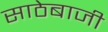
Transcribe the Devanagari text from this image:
साठेबाजी